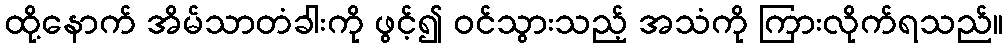
ထို့နောက် အိမ်သာတံခါးကို ဖွင့်၍ ဝင်သွားသည့် အသံကို ကြားလိုက်ရသည်။